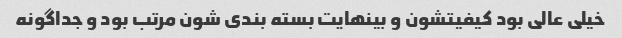
خیلی عالی بود کیفیتشون و بینهایت بسته بندی شون مرتب بود و جداگونه